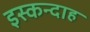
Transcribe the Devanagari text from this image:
इस्कन्दाह